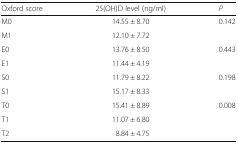
<table><thead><tr><td><b>Oxford score</b></td><td><b>25(OH)D level (ng/ml)</b></td><td><b><i>P</i></b></td></tr></thead><tbody><tr><td>M0</td><td>14.55 ± 8.70</td><td rowspan="2">0.142</td></tr><tr><td>M1</td><td>12.10 ± 7.72</td></tr><tr><td>E0</td><td>13.76 ± 8.50</td><td rowspan="2">0.443</td></tr><tr><td>E1</td><td>11.44 ± 4.19</td></tr><tr><td>S0</td><td>11.79 ± 8.22</td><td rowspan="2">0.198</td></tr><tr><td>S1</td><td>15.17 ± 8.33</td></tr><tr><td>T0</td><td>15.41 ± 8.89</td><td rowspan="3">0.008</td></tr><tr><td>T1</td><td>11.07 ± 6.80</td></tr><tr><td>T2</td><td>8.84 ± 4.75</td></tr></tbody></table>